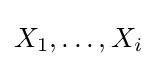
X_{1},\ldots ,X_{i}